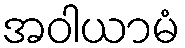
အဝါယာမံ